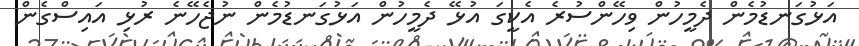
އަޅުގަނޑުމެން ދެމީހުން ވިހޭންސުރެ އެކީގަ އުޅޭ ދެމީހުން އަޅުގަނޑުމެން ނުޖެހޭނެ ރުޅި އައިސްގެން